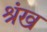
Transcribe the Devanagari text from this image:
श्रृंख